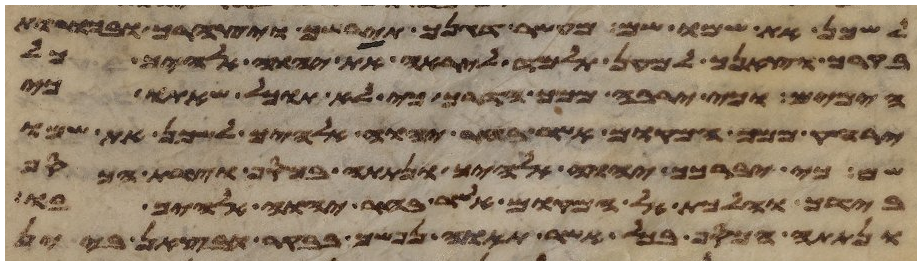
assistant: לשכן את שמו שם מעשר דגנך תירשך ויצהרך ובכורת
בקרך וצאנך למען תלמד ליראה את יהוה אלהיך כל
הימים וכי ירבה ממך הדרך כי לא תוכל שאתו כי
ירחק ממך המקום אשר בחר יהוה אלהיך לשכן את שמו
שם כי יברכך יהוה אלהיך ונתתה בכסף וצרת הכסף
בידך והלכת אל המקום אשר בחר יהוה אלהיך בו
ונתתה הכסף בכל אשר תאוה נפשך בבקר ובצאן ביין